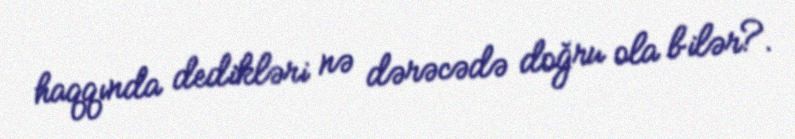
haqqında dedikləri nə dərəcədə doğru ola bilər?.